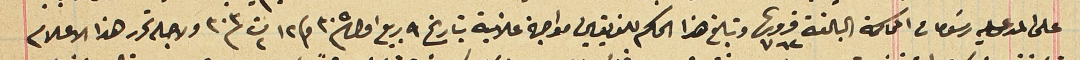
على المدعى عليه رسَومات المحاكمة البالغة قروش ٧٦٢ وتبلغ هذا الحكم للفريقين مواجهة علانية بتاريخ ٩ ربيع اول سنة ٣٠٥ وفى ١٢ ت٢ سنة ٣٠٣ ولاجله تحرر هذا الاعلام